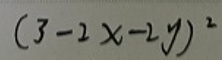
\((3 - 2x - 2y)^2\)